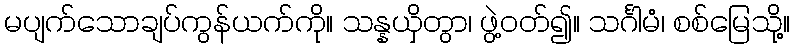
မပျက်သောချပ်ကွန်ယက်ကို။ သန္နယှိတွာ၊ ဖွဲ့ဝတ်၍။ သင်္ဂါမံ၊ စစ်မြေသို့။